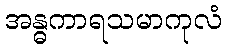
အန္ဓကာရသမာကုလံ